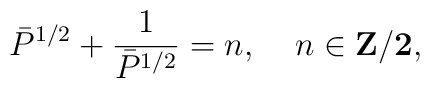
\bar{P}^{1/2}+\frac{1}{\bar{P}^{1/2}}=n ,\;\;\;\; n \in \bf{Z}/2 ,